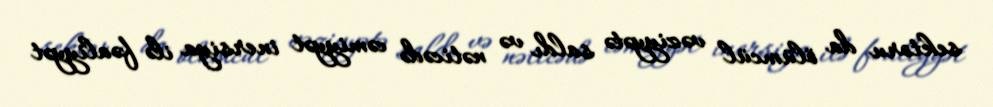
sektoru da ölümcül vəziyyətə saldı və nəticədə cəmiyyət inersiya ilə fəaliyyət